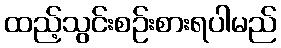
ထည့်သွင်းစဉ်းစားရပါမည်